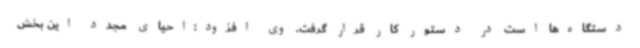
دستگاه‌ها است در دستور کار قرار گرفت. وی افزود:احیای مجدد این بخش